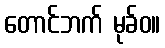
တောင်ဘက် မုခ်ဝ။